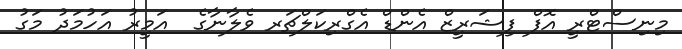
މިނިސްޓްރީ އޮފް ފިޝަރީޒް އެންޑް އެގްރިކަލްޗަރ ވެލާނާގެ  އަމީރު އަހުމަދު މަގު